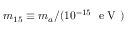
m _ { 1 5 } \equiv m _ { a } / ( 1 0 ^ { - 1 5 } \; \mathrm { ~ e ~ V ~ } )